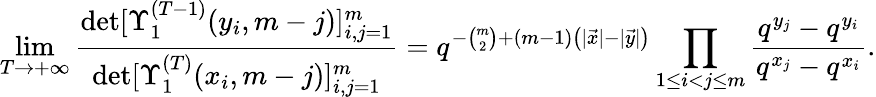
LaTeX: \operatorname*{lim}_{T\to+\infty}\frac{\operatorname*{det}[\Upsilon_{1}^{(T-1)}(y_{i},m-j)]_{i,j=1}^{m}}{\operatorname*{det}[\Upsilon_{1}^{(T)}(x_{i},m-j)]_{i,j=1}^{m}}=q^{-\binom m2+(m-1)\left(|\vec{x}|-|\vec{y}|\right)}\prod_{1\le i<j\le m}\frac{q^{y_{j}}-q^{y_{i}}}{q^{x_{j}}-q^{x_{i}}}.